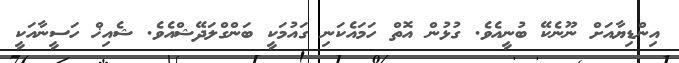
އިންޑިޔާއަށް ނޫނެކޭ ބުނީއެވެ. ގުޅުން އޮތް ހަމައެކަނި ގައުމަކީ ބަންގްލަދޭޝްއެވެ. ޝެއިޚް ހަސީނާއަކީ